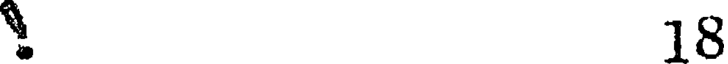
18